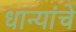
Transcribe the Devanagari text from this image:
धान्यांचे